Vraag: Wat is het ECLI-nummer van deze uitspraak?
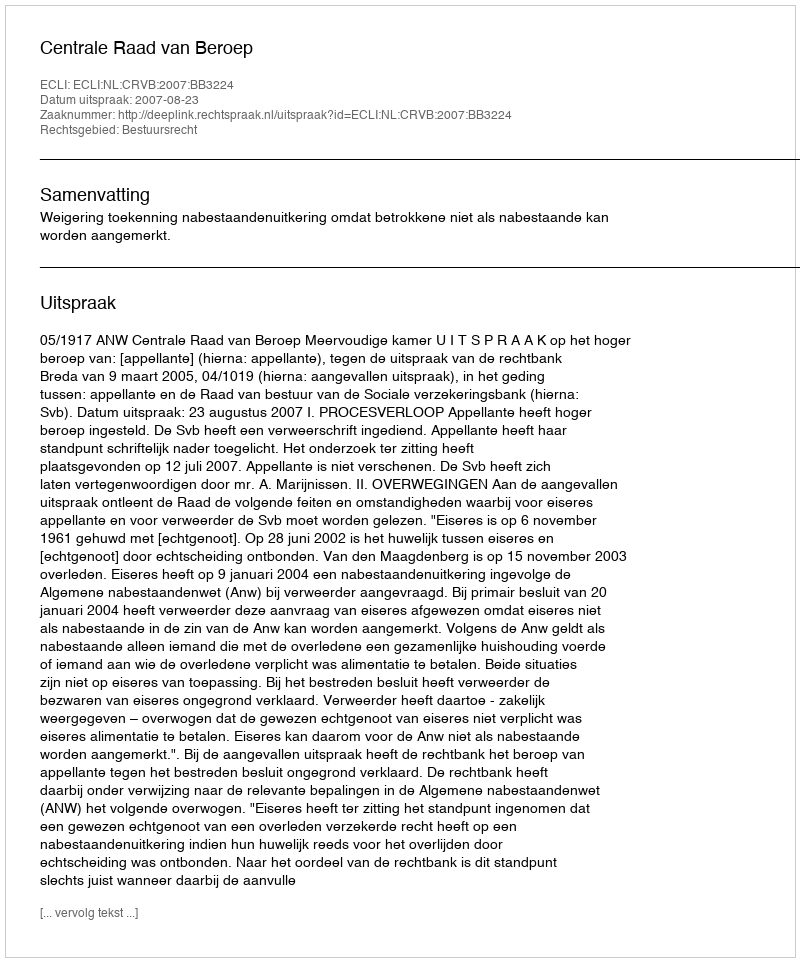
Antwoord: ECLI:NL:CRVB:2007:BB3224